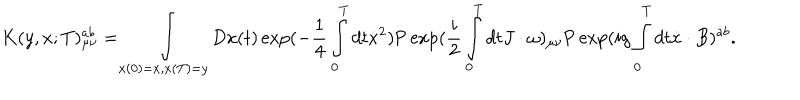
K ( y , x ; T ) _ { \mu \nu } ^ { a b } = \int _ { x ( 0 ) = x , x ( T ) = y } { D x ( t ) \exp ( - \frac { 1 } { 4 } \int _ { 0 } ^ { T } { d t \dot { x } ^ { 2 } } } ) \mathrm { P } \exp ( \frac { i } { 2 } \int _ { 0 } ^ { T } { d t J \cdot \omega ) _ { \mu \nu } } \mathrm { P } \exp ( i g \int _ { 0 } ^ { T } { d t \dot { x } \cdot B ) ^ { a b } } .